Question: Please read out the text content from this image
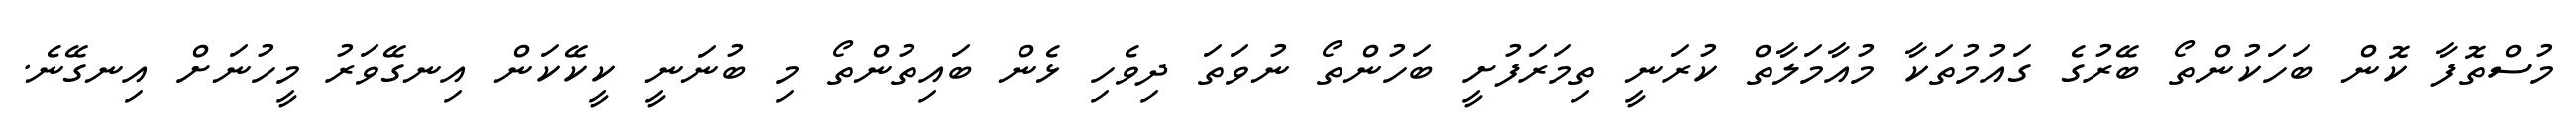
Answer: މުސްތޮފާ ކޮން ބަހަކުންތޯ ބޭރުގެ ގައުމުތަކާ މުއާމަލާތް ކުރަނީ ތިމަރަފުށީ ބަހުންތޯ ނުވަތަ ދިވެހި ޅެން ބައިތުންތޯ މި ބުނަނީ ކީކޭކަން އިނގޭވަރު މީހުނަށް އިނގޭނެ.